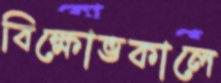
বিক্ষোভকালে